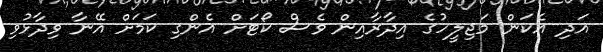
އަދި އެކަން މަޖިލީހުގެ އިދާރާއިން ވެސް ކޯޓަށް އެންގި ކަމަށް އޭނާ ވިދާޅުވި